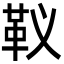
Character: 𩉠